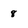
Character: 8